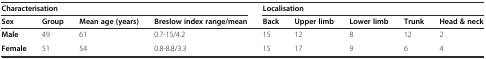
<table><thead><tr><td colspan="4"><b>Characterisation</b></td><td colspan="5"><b>Localisation</b></td></tr><tr><td><b>Sex</b></td><td><b>Group</b></td><td><b>Mean age (years)</b></td><td><b>Breslow index range/mean</b></td><td><b>Back</b></td><td><b>Upper limb</b></td><td><b>Lower limb</b></td><td><b>Trunk</b></td><td><b>Head &amp; neck</b></td></tr></thead><tbody><tr><td><b>Male</b></td><td>49</td><td>61</td><td>0.7-15/4.2</td><td>15</td><td>12</td><td>8</td><td>12</td><td>2</td></tr><tr><td><b>Female</b></td><td>51</td><td>54</td><td>0.8-8.8/3.3</td><td>15</td><td>17</td><td>9</td><td>6</td><td>4</td></tr></tbody></table>